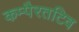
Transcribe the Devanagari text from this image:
कम्पैरतटिव